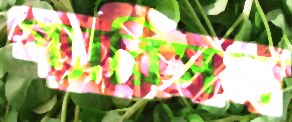
গ্যারিসন